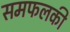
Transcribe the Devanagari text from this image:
समफलकी